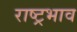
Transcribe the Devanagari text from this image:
राष्ट्रभाव